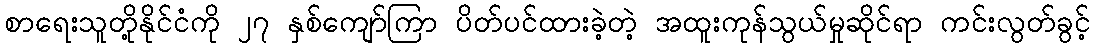
စာရေးသူတို့နိုင်ငံကို ၂၇ နှစ်ကျော်ကြာ ပိတ်ပင်ထားခဲ့တဲ့ အထူးကုန်သွယ်မှုဆိုင်ရာ ကင်းလွတ်ခွင့်